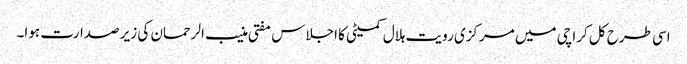
اسی طرح کل کراچی میں مرکزی رویت ہلال کمیٹی کا اجلاس مفتی منیب الرحمان کی زیر صدارت ہوا۔